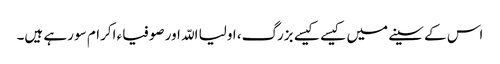
اس کے سینے میں کیسے کیسے بزرگ، اولیا اللّہ اور صوفیاء اکرام سو رہے ہیں۔